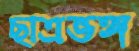
ছাত্রভঙ্গ